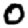
Digit: 0